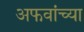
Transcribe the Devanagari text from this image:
अफवांच्या